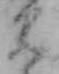
み